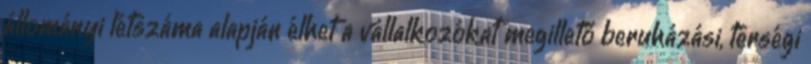
állományi létszáma alapján élhet a vállalkozókat megillető beruházási, térségi